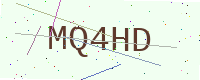
Text: MQ4HD